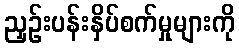
ညှဉ်းပန်းနှိပ်စက်မှုများကို